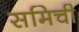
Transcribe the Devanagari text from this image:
समिची